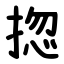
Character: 㧾